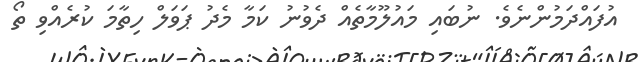
އުފައްދަމުންނެވެ. ނުބައި މައުލޫމާތެއް ދެވުނު ކަމާ މެދު ޕަވަލް ހިތާމަ ކުރެއްވި ތޯ